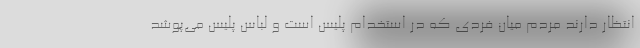
انتظار دارند مردم میان فردی که در استخدام پلیس است و لباس پلیس می‌پوشد